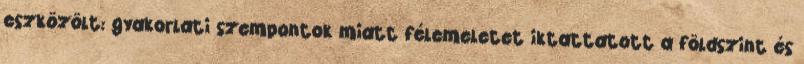
eszközölt: gyakorlati szempontok miatt félemeletet iktattatott a földszint és